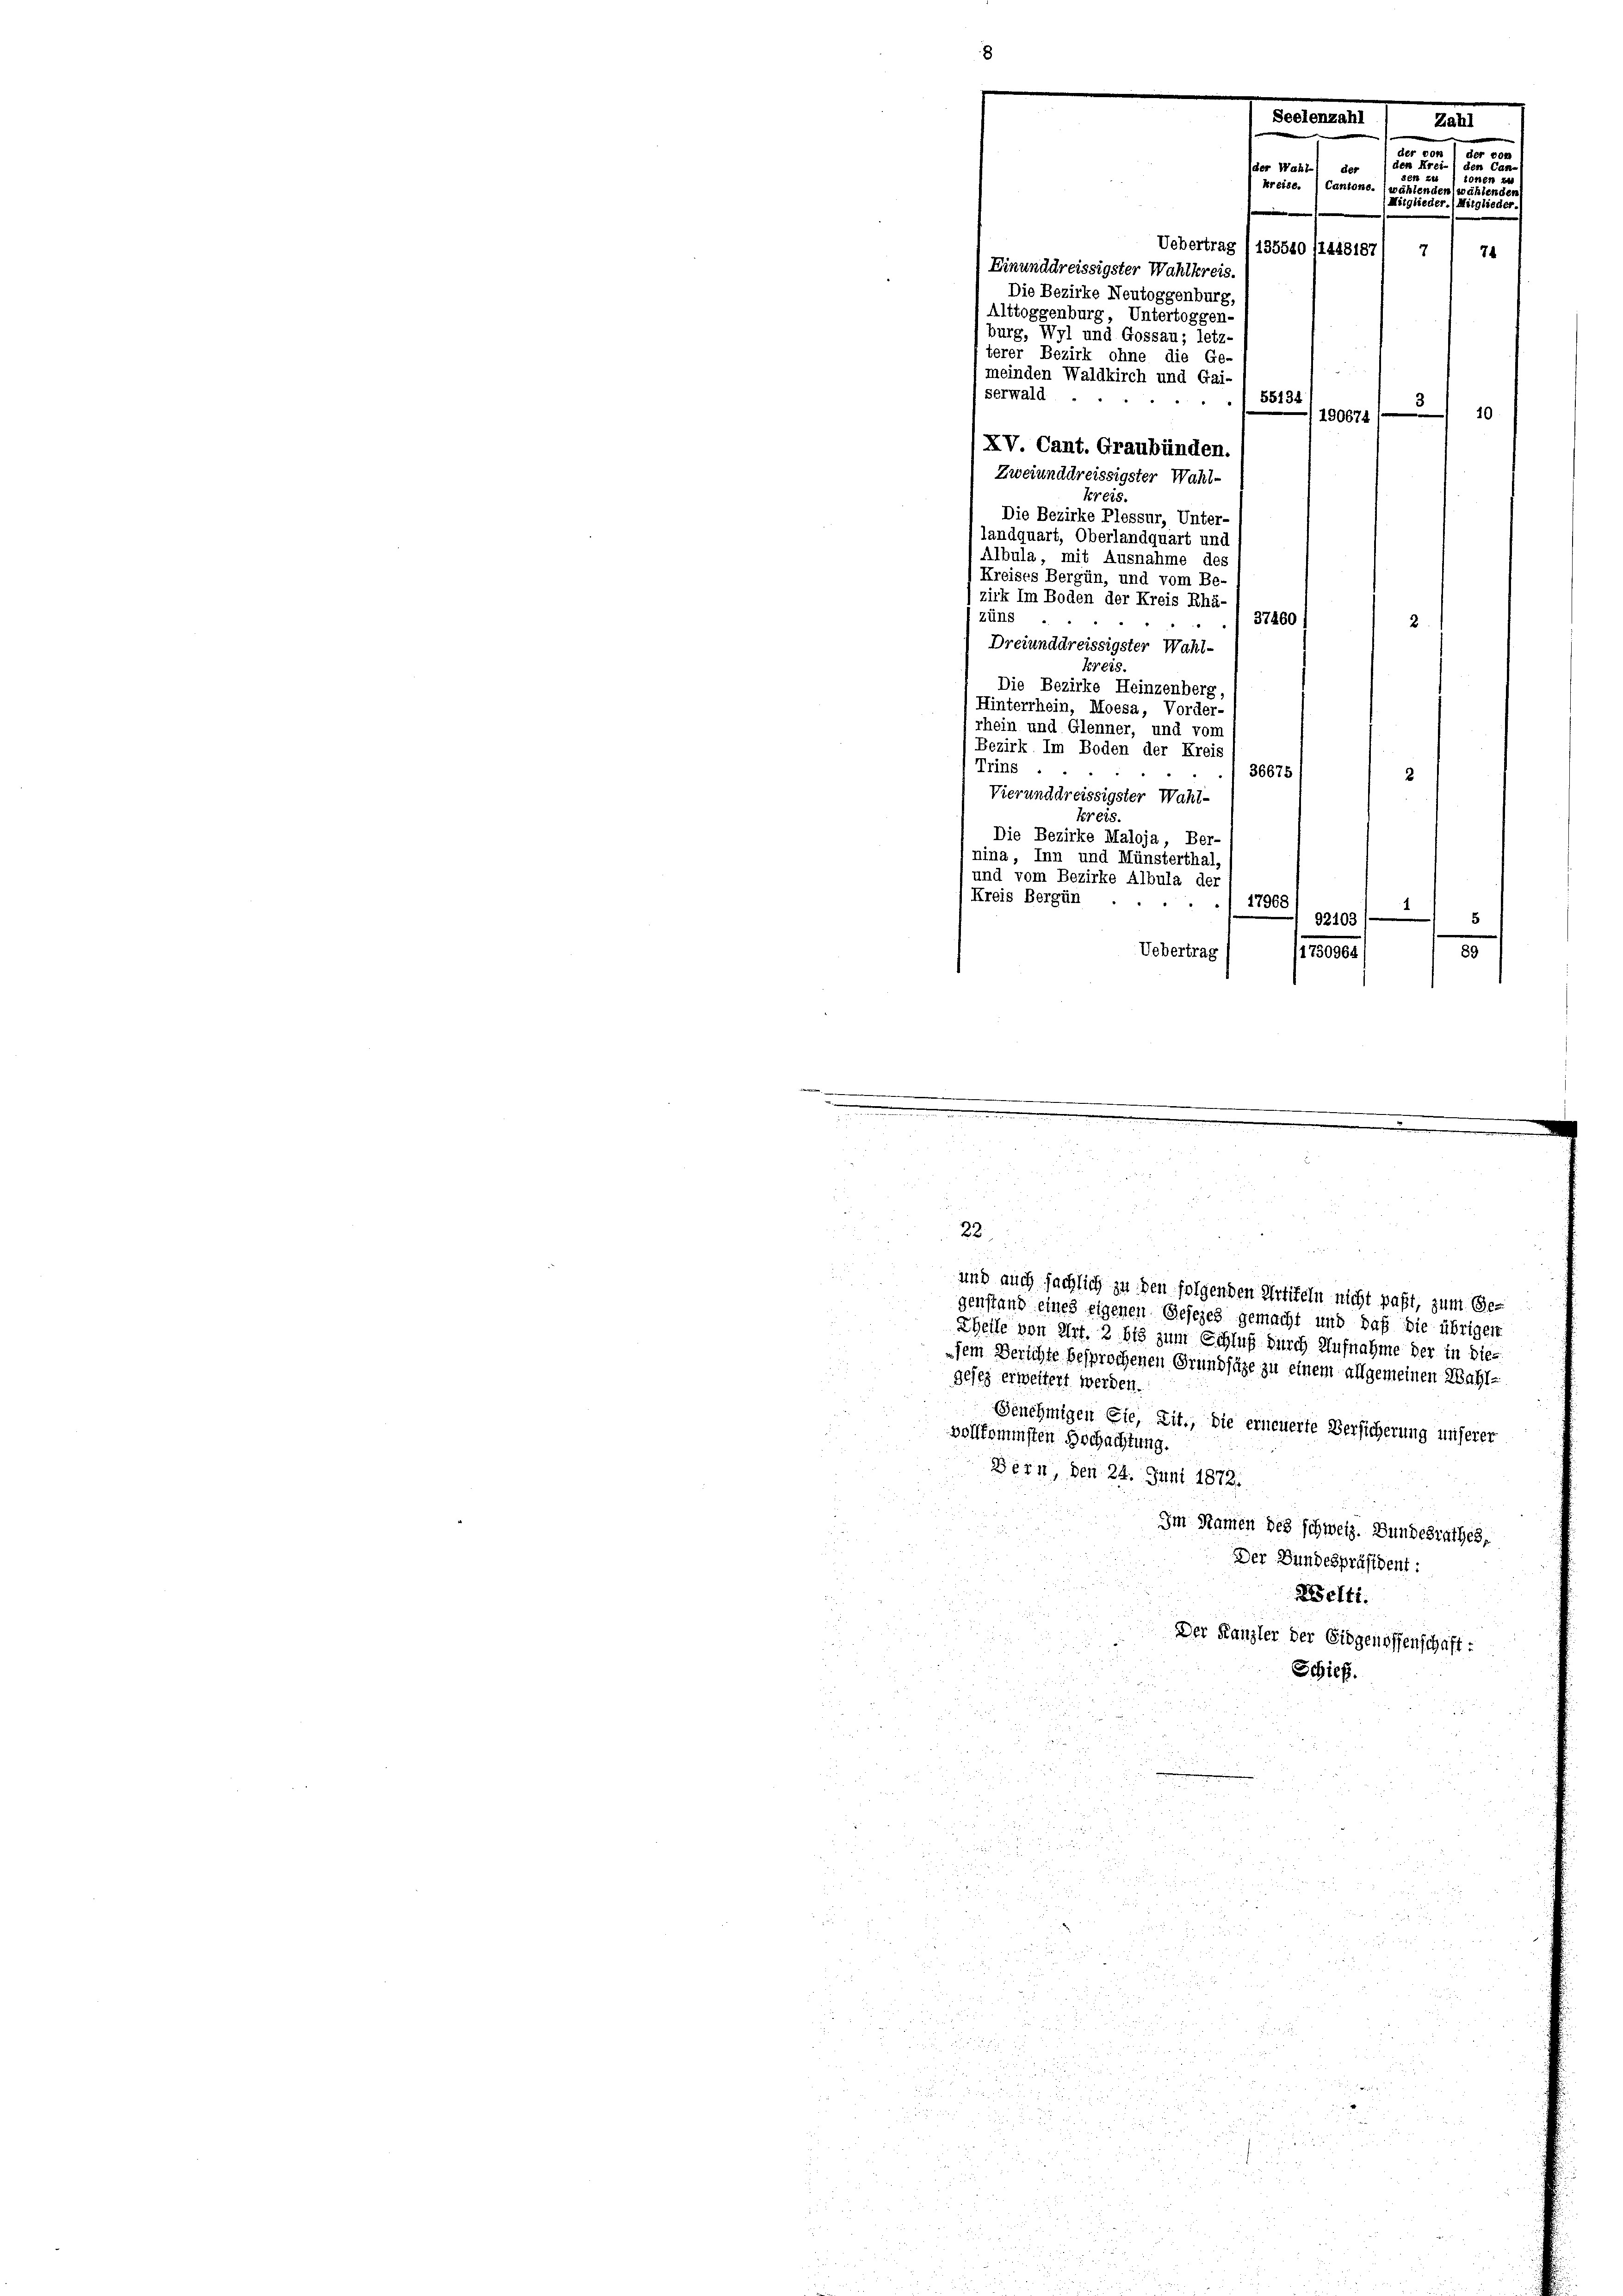
Einunddreissigster Wahlkreis.
Die Bezirke Neutoggenburg,
Alttoggenburg, Untertoggen-
burg, Wyl und Gossau; letz-
terer Bezirk ohne die Ge-
meinden Waldkirch und Gai-
serwald
55134
190671/
10
XV Cant. Graubünden.
Zweiunddreissigster Wahl-
Kreis.
Die Bezirke Plessur, Unter-
landquart, Oberlandquart und
Albula, mit Ausnahme des
Kreises Bergün, und vom Be-
zirk Im Boden der Kreis Rhä-
züns
37460
Dreiunddreissigster Wahl-
Kreis.
Die Bezirke Heinzenberg
Hinterrhein, Moesa, Vorder-
rhein und Glenner, und vom
Bezirk. Im Boden der Kreis
Trins
36675/
2
Vierunddreissigster Wahl-
Kreis.
Die Bezirke Maloja, Ber-
nina, Inn und Münsterthal,
und vom Bezirke Albula der
(Kreis Bergün
17968
2
92103/
89
Uebertrag
1730964

2

u
kreise. Cantons. (wählend
(Mitglieder. I
e
Uebertrag , 135540 (1448187) 7 1 74

a
und auch sächlich zu den folgenden Artiteln nicht paßt, zum Ge-
genstand eines eigenen Gesezes gemacht und daß die übrigen
Theile von Art. 2 bis zum Schluß durch Aufnahme der in dies
sein Berichte besprochenen Grundsätze zu einem allgemeinen Wahl-
gesez erweitert werden.
Genehmigen Fie, Zit., die erneuerte Versicherung unserer
vollkommsten Hochachtung.
Bern, den 24. Juni 1872.
Im Namen des schweiz. Bundesrathes,
Der Bundespräsident:
Welti.
Der Kanzler der Eidgenossenschaft:
Schief
u
e
2

r
.
2 x
8 f 2
i

e

.

u
 5 u.
.

.

e
55
2

de der
22